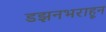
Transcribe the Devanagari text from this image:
डझनभराहून